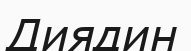
Диядин